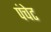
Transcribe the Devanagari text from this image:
पंचेट